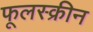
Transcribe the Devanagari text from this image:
फूलस्क्रीन